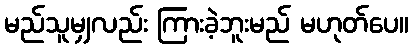
မည်သူမျှလည်း ကြားခဲ့ဘူးမည် မဟုတ်ပေ။